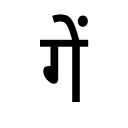
OCR:
गें